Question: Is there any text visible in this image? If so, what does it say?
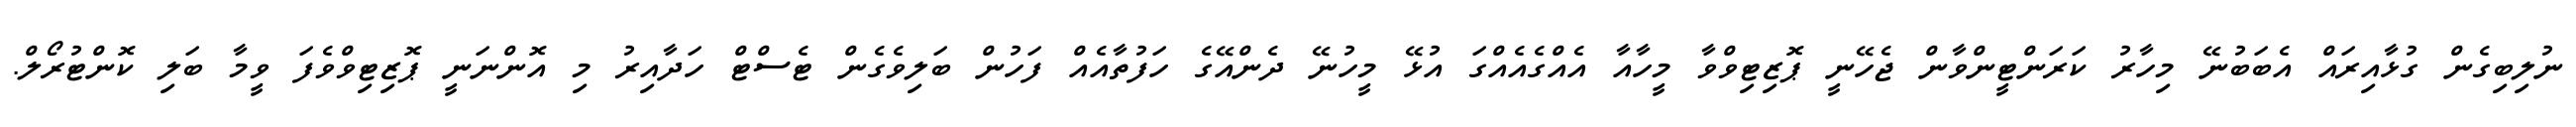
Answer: ނުލިބިގެން ގުޅާއިރައް އެބަބުނޭ މިހާރު ކަރަންޓީންވާން ޖެހޭނީ ޕޮޒިޓިވްވާ މީހާއާ އެއްގެއެއްގަ އުޅޭ މީހުނޭ ދެންއޭގެ ހަފުތާއެއް ފަހުން ބަލިވެގެން ޓެސްޓް ހަދާއިރު މި އޮންނަނީ ޕޮޒިޓިވްވެފަ ވީމާ ބަލި ކޮންޓުރޯލް.